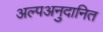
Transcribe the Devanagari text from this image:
अल्पअनुदानित